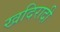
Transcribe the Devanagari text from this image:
खदिरादी